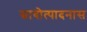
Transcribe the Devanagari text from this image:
स्रावोत्पादनास